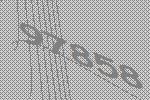
97858